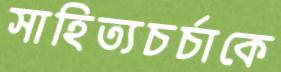
সাহিত্যচর্চাকে